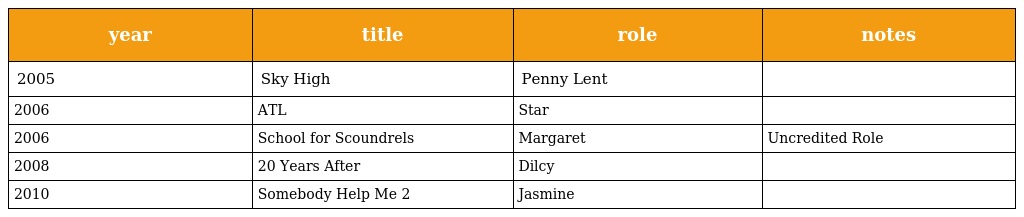
| year | title | role | notes |
 | --- | --- | --- | --- |
 | 2005 | Sky High | Penny Lent |  |
 | 2006 | ATL | Star |  |
 | 2006 | School for Scoundrels | Margaret | Uncredited Role |
 | 2008 | 20 Years After | Dilcy |  |
 | 2010 | Somebody Help Me 2 | Jasmine |  |